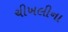
ચીખલીના